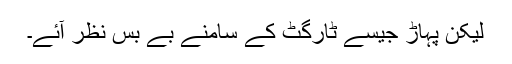
لیکن پہاڑ جیسے ٹارگٹ کے سامنے بے بس نظر آئے۔